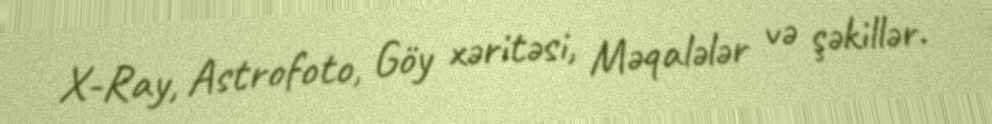
X-Ray, Astrofoto, Göy xəritəsi, Məqalələr və şəkillər.